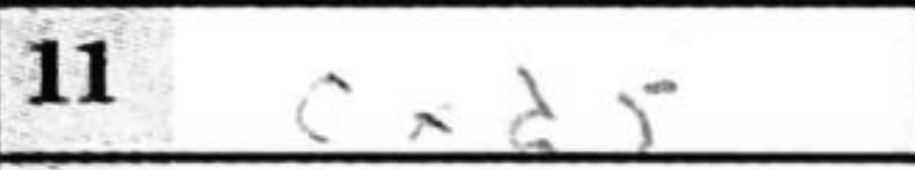
Transcription: cxd5